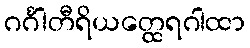
ဂင်္ဂါတီရိယတ္ထေရဂါထာ